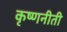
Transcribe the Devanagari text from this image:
कृष्णनीती